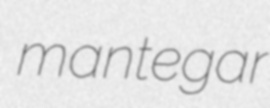
mantegar